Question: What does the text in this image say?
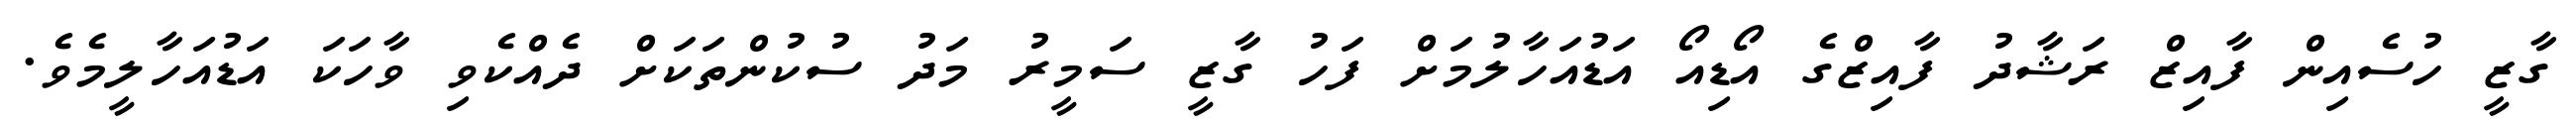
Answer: ގާޒީ ހުސެއިން ފާއިޒް ރަޝާދު ފާއިޒްގެ އޯޑިއޯ އަޑުއަހާލުމަށް ފަހު ގާޒީ ސަމީރު މަދު ސުކުންތަކަށް ދެއްކެވި ވާހަކަ އަޑުއަހާލީމެވެ.